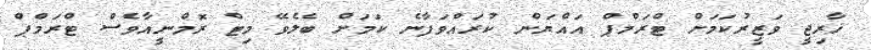
ޚާރިޖީ ވަޒީރުކަމަށް ޓްރަމްޕް އައްޔަން ކުރައްވަފާނެ ކަމަށް ބެލެވޭ މިޓް ރޮމްނީއާވެސް ޓްރަމްޕް